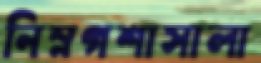
নিম্নগশাসালা